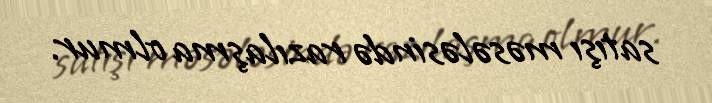
satışı məsələsində razılaşma olmur.